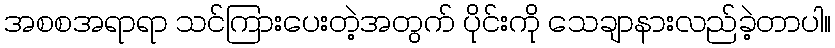
အစစအရာရာ သင်ကြားပေးတဲ့အတွက် ပိုင်းကို သေချာနားလည်ခဲ့တာပါ။